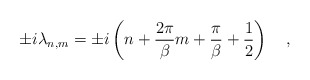
\begin{align*}\pm i \lambda_{n,m} = \pm i \left(n +{2 \pi \over \beta}m + {\pi \over \beta} + {1 \over 2} \right)~~~,\end{align*}